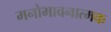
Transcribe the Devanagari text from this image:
मनोभावनात्मक